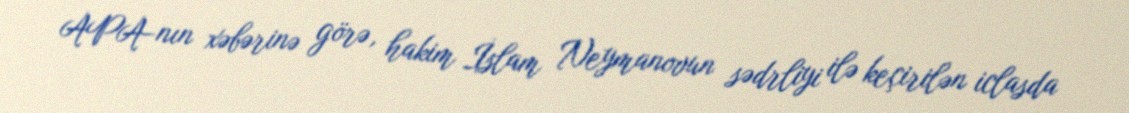
APA-nın xəbərinə görə, hakim İslam Neymanovun sədrliyi ilə keçirilən iclasda